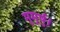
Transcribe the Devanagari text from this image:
मुमूर्षु।